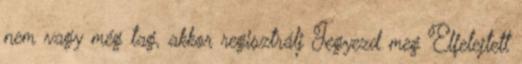
nem vagy még tag, akkor regisztrálj Jegyezd meg Elfelejtett